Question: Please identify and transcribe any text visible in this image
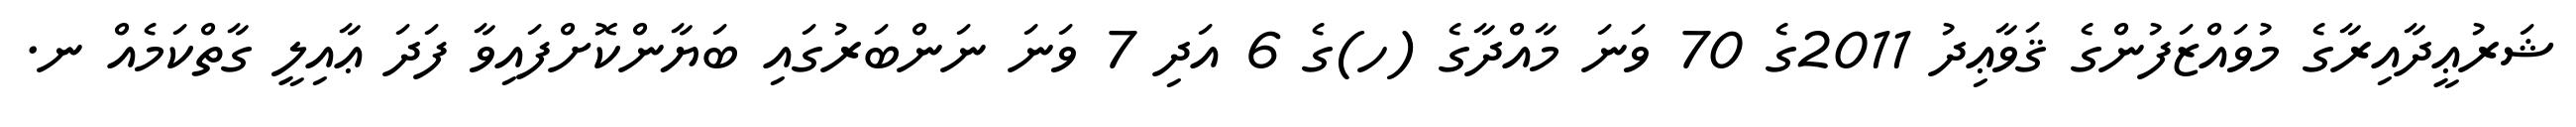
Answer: ޝަރުޢީދާއިރާގެ މުވައްޒަފުންގެ ޤަވާޢިދު 2011ގެ 70 ވަނަ މާއްދާގެ (ހ)ގެ 6 އަދި 7 ވަނަ ނަންބަރުގައި ބަޔާންކޮށްފައިވާ ފަދަ ޢާއިލީ ގާތްކަމެއް ނ.